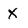
Character: X